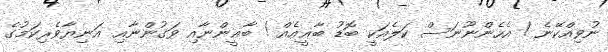
ނުވިއްކޭނެ ! އެހެންނޫނަސް ކަލެއަކީ ބޮޑު ބާޣީއެއް ! ބާޣީންނާއި ވަގުންނާއި އަނިޔާވެރިކަމުގެ